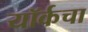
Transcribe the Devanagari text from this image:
यॉर्कचा